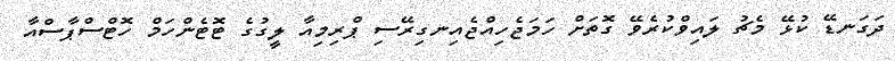
ދަގަނޑޭ ކުޅޭ މެޗު ލައިވްކުރެވޭ ގޮތަށް ހަމަޖެހިއްޖެއިނގިރޭސި ޕްރިމިއާ ލީގުގެ ޓޮޓެެންހަމް ހޮޓްސްޕާސްއާ